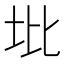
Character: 㘩